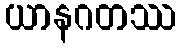
ယာနဂတဿ